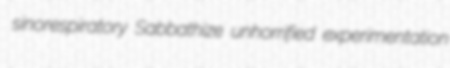
sinorespiratory Sabbathize unhorrified experimentation